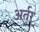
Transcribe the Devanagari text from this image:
अर्तुर